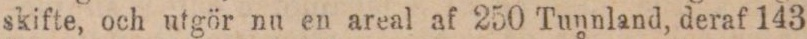
skifte, och utgör nu en areal af 250 Tunnland, deraf 143